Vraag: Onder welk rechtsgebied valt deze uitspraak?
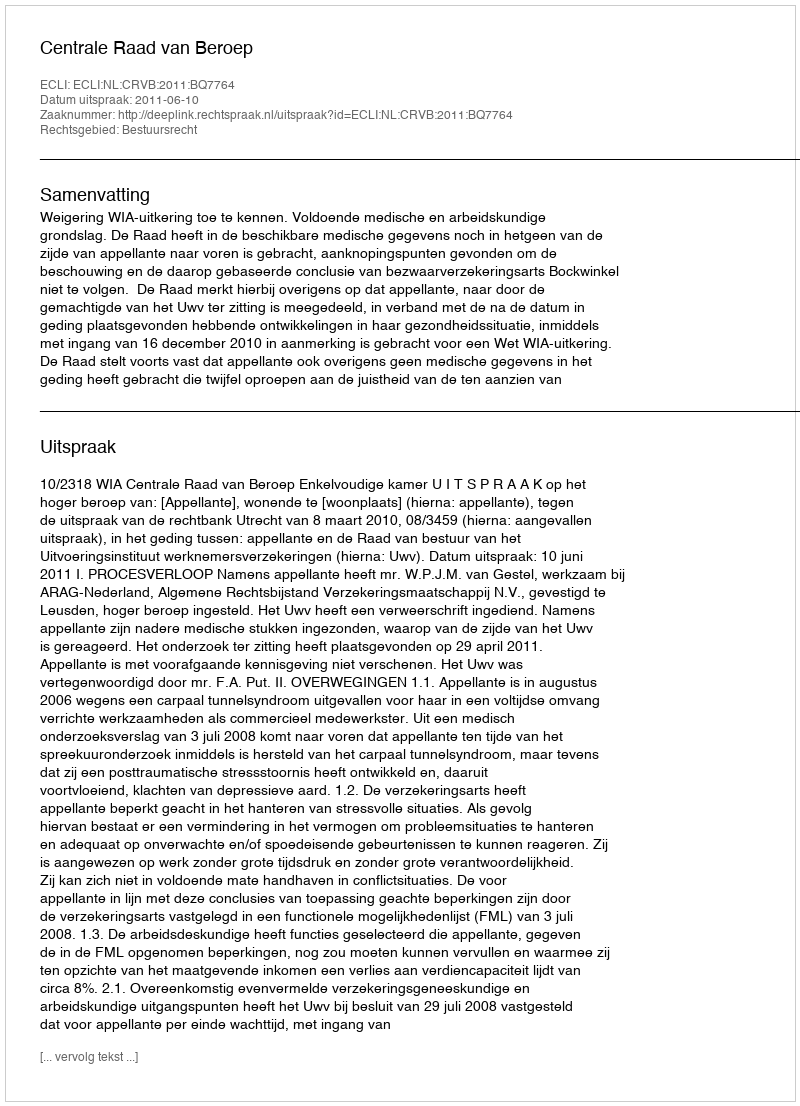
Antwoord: Bestuursrecht